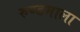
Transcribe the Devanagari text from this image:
रुण्डमाला